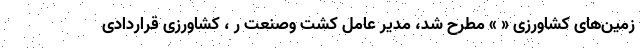
زمین‌های کشاورزی « » مطرح شد، مدیر عامل کشت وصنعت ر ، کشاورزی قراردادی